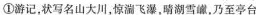
①游记，状写名山大川，惊湍飞瀑，晴湖雪，乃至亭台